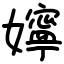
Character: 嬣